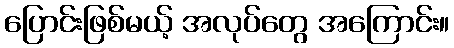
ပြောင်းဖြစ်မယ့် အလုပ်တွေ အကြောင်း။